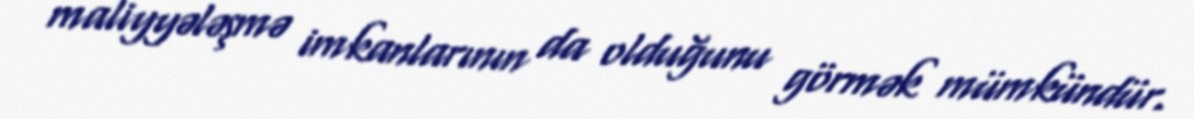
maliyyələşmə imkanlarının da olduğunu görmək mümkündür.